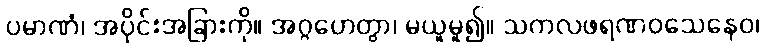
ပမာဏံ၊ အပိုင်းအခြားကို။ အဂ္ဂဟေတွာ၊ မယူမူ၍။ သကလဖရဏဝသေနေဝ၊